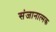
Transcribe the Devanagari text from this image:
संजानात्मक